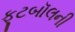
ફૂટબૉલની